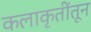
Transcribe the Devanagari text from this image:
कलाकृतींतून